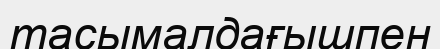
тасымалдағышпен